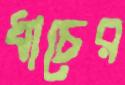
ধাচের